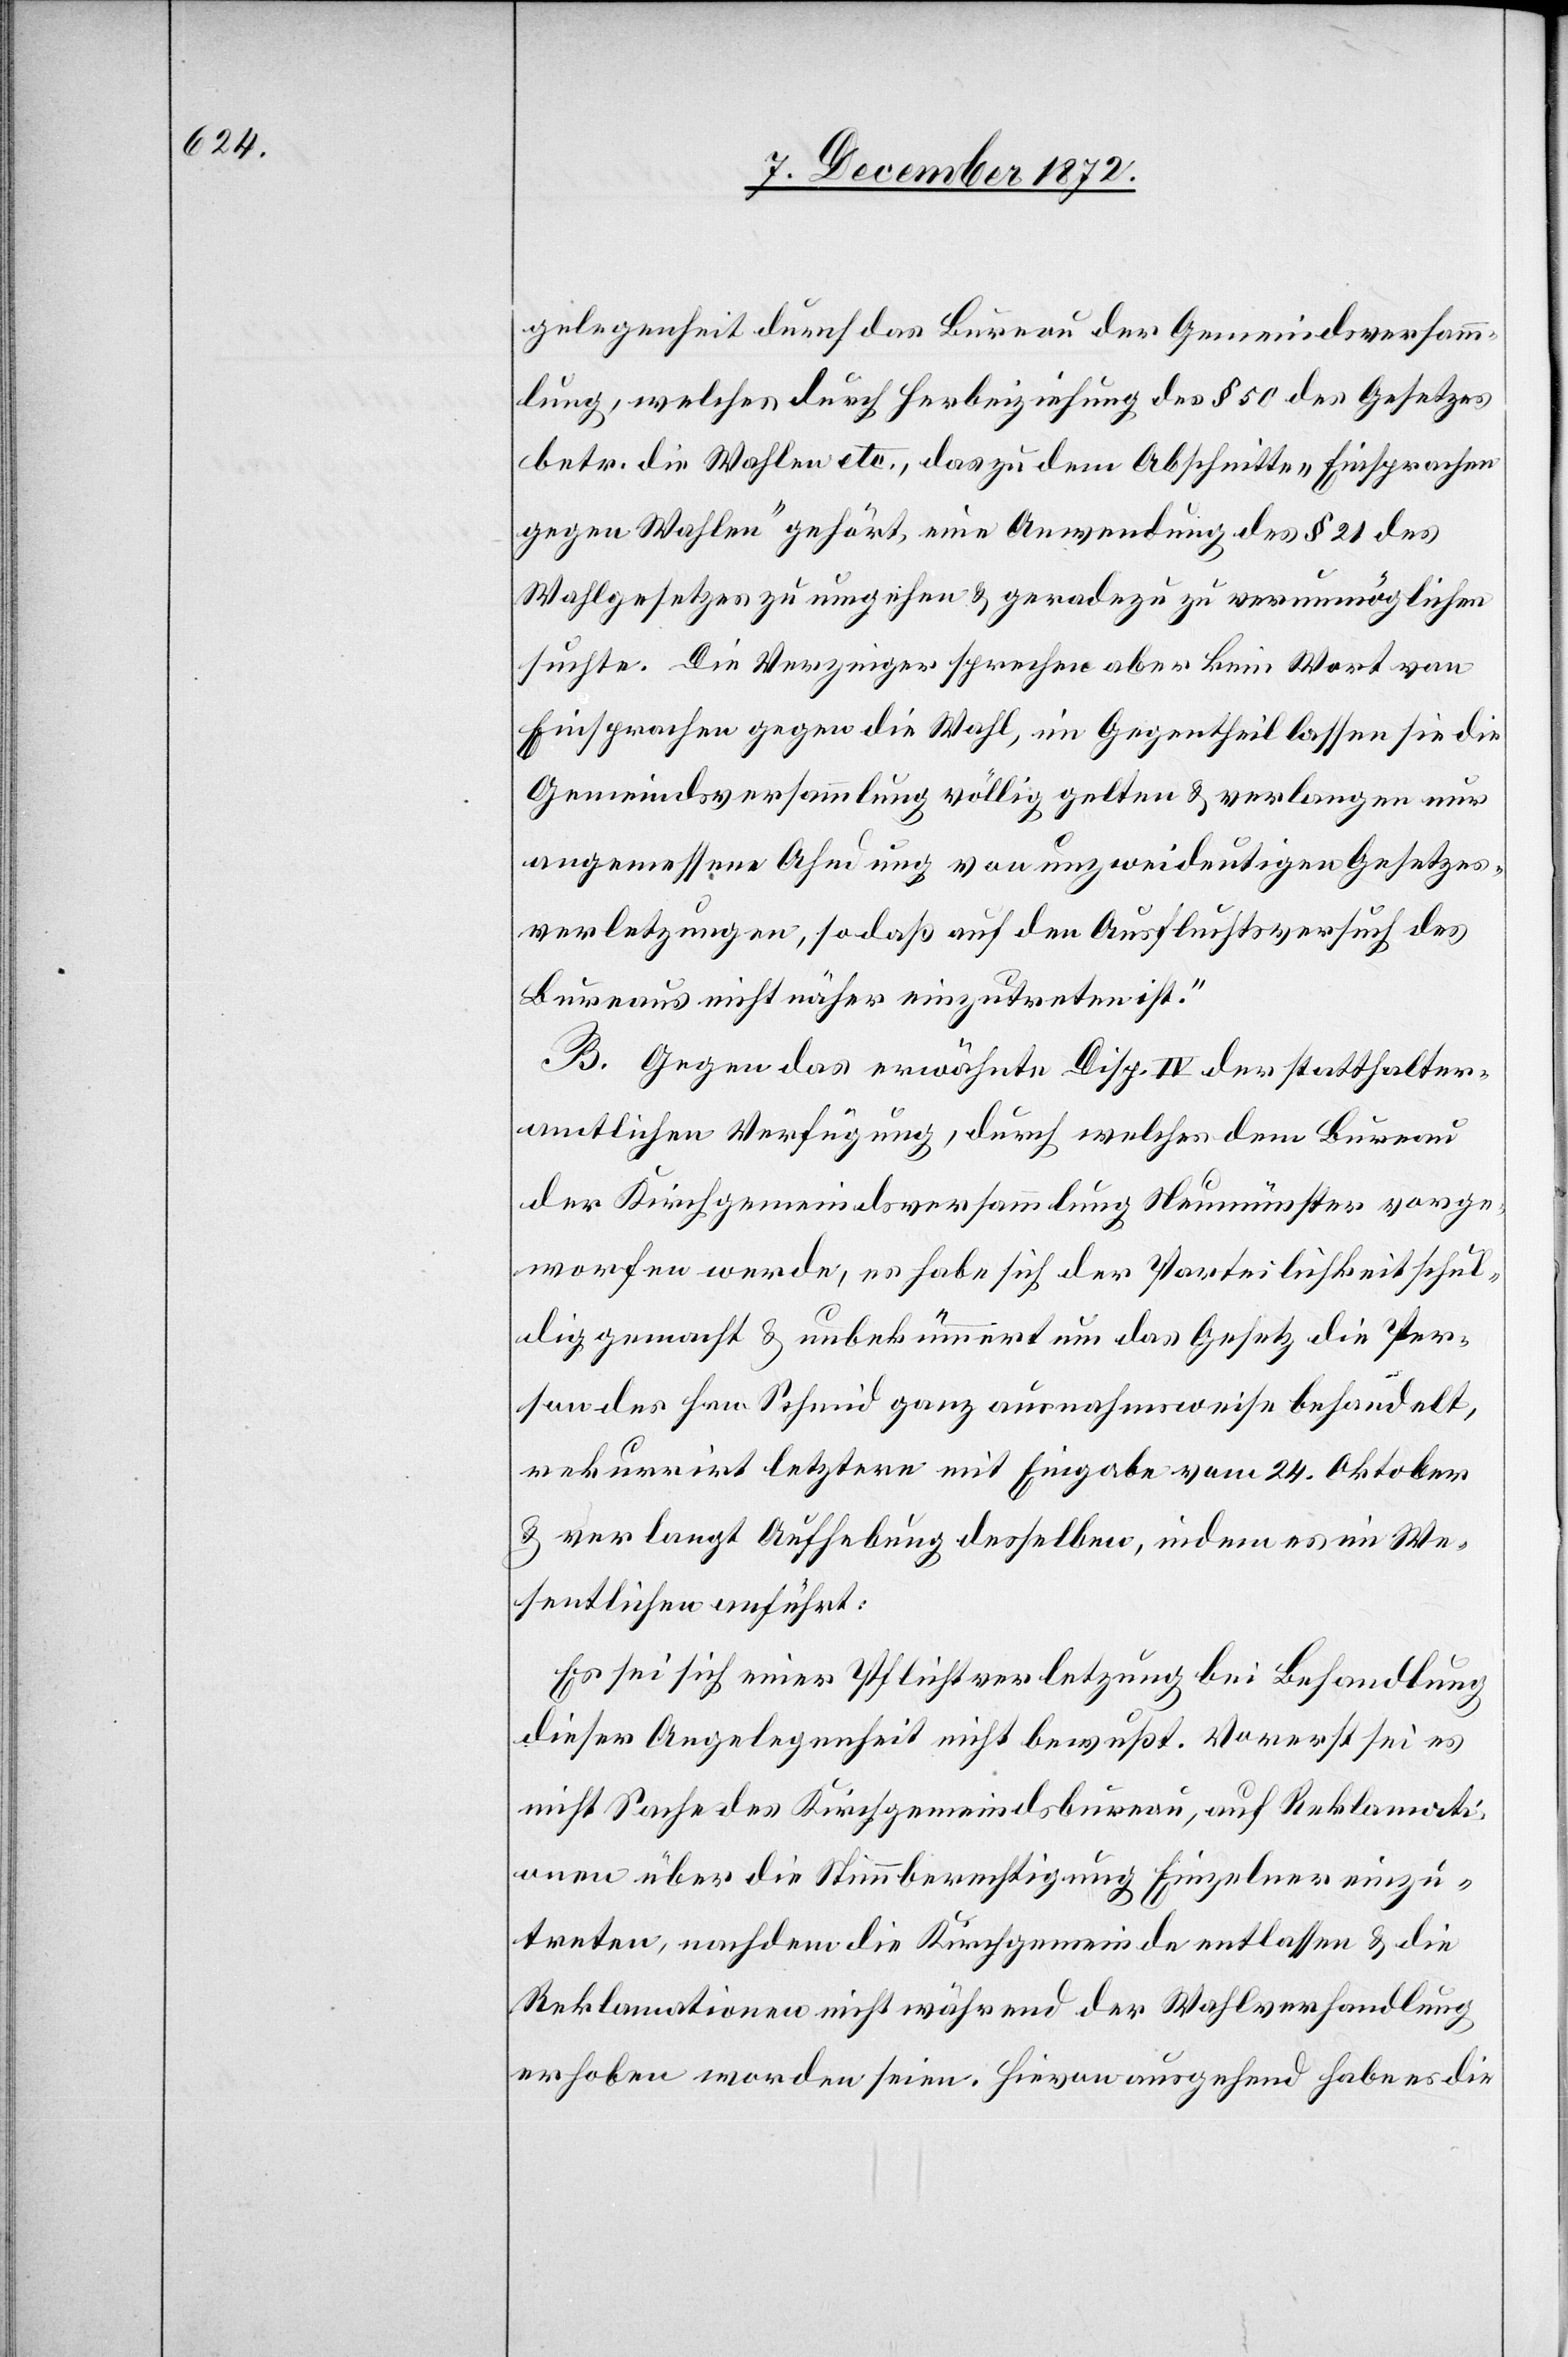
gelegenheit durch das Bureau der Gemeindsversamm¬
lung, welches durch Herbeiziehung des § 50 des Gesetzes
betr. die Wahlen etc., das zu dem Abschnitte „Einsprachen
gegen Wahlen“ gehört, eine Anwendung des § 21 des
Wahlgesetzes zu umgehen u. geradezu zu verunmöglichen
suchte. Die Verzeiger sprechen aber kein Wort von
Einsprachen gegen die Wahl, im Gegentheil lassen sie die
Gemeindsversammlung völlig gelten u. verlangen nur
angemessene Ahndung von unzweideutigen Gesetzes¬
verletzungen, so daß auf den Ausfluchtsversuch des
Bureaus nicht näher einzutreten ist.“
B. Gegen das erwähnte Disp. IV der statthalter¬
amtlichen Verfügung, durch welches dem Bureau
der Kirchgemeindsversammlung Neumünster vorge¬
worfen werde, es habe sich der Parteilichkeit schul¬
dig gemacht u. unbekümmert um das Gesetz die Per¬
son des Hrn. Schmid ganz ausnahmsweise behandelt,
rekurrirt letztere mit Eingabe vom 24. Oktober
u. verlangt Aufhebung desselben, indem es im We¬
sentlichen anführt:
Es sei sich einer Pflichtverletzung bei Behandlung
dieser Angelegenheit nicht bewußt. Vorerst sei es
nicht Sache des Kirchgemeindsbureau, auf Reklamati¬
onen über die Stimmberechtigung Einzelner einzu¬
treten, nachdem die Kirchgemeinde entlassen u. die
Reklamationen nicht während der Wahlverhandlung
erhoben worden seien. Hievon ausgehend habe es die